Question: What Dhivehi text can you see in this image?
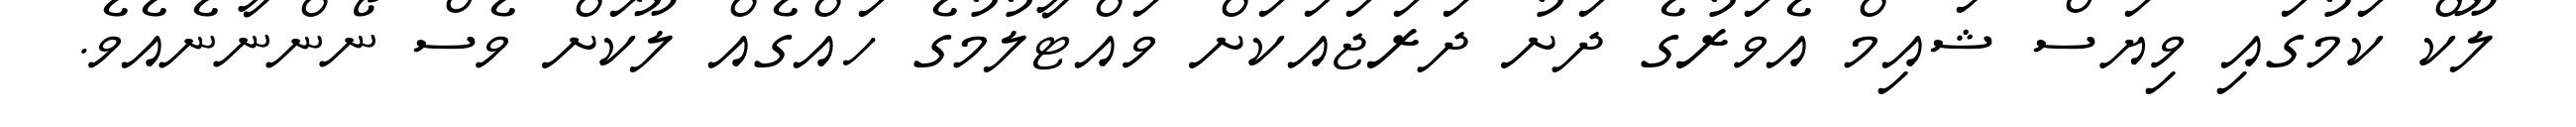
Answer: ލޫކް ކަމުގައި ވިޔަސް ޝައިމް އެވަރުގެ ދަށު ދަރަޖައަކަށް ވައްޓާލުމުގެ ހައްގެއް ލޫކަށް ވެސް ނޯންނާނެއެވެ.